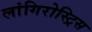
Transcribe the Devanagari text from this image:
लांगिरोस्ट्रिस